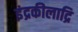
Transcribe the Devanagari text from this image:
इंद्रकीलाद्रि